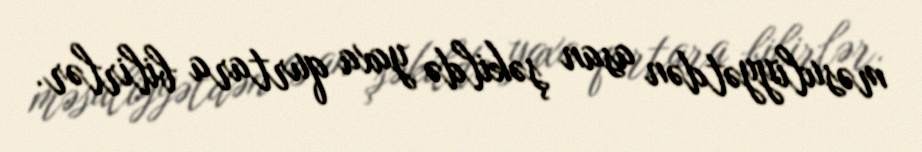
məsuliyyətdən asan şəkildə yaxa qurtara bilirlər.